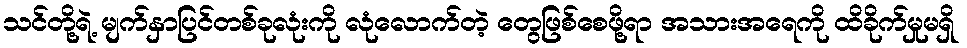
သင်တို့ရဲ့ မျက်နှာပြင်တစ်ခုလုံးကို လုံလောက်တဲ့ တွေဖြစ်စေဖို့ရာ အသားအရေကို ထိခိုက်မှုမရှိ